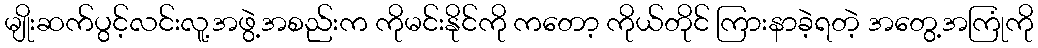
မျိုးဆက်ပွင့်လင်းလူ့အဖွဲ့အစည်းက ကိုမင်းနိုင်ကို ကတော့ ကိုယ်တိုင် ကြားနာခဲ့ရတဲ့ အတွေ့အကြုံကို